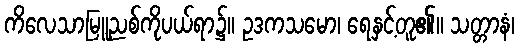
ကိလေသာမြူညစ်ကိုပယ်ရာ၌။ ဥဒကသမော၊ ရေနှင့်တူ၏။ သတ္တာနံ၊